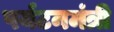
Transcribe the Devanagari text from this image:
पर्यटनमंत्री